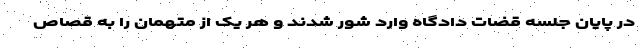
در پایان جلسه قضات دادگاه وارد شور شدند و هر یک از متهمان را به قصاص